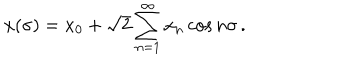
LaTeX: x ( \sigma ) = x _ { 0 } + \sqrt { 2 } \sum _ { n = 1 } ^ { \infty } x _ { n } \cos n \sigma \, .